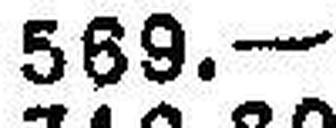
569.—